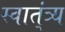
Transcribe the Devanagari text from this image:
स्वात्ंत्र्य